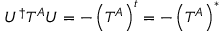
U ^ { \dagger } T ^ { A } U = - \left( T ^ { A } \right) ^ { t } = - \left( T ^ { A } \right) ^ { * }